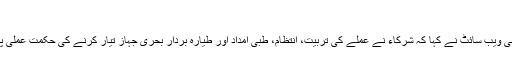
‘‘
چین کی ایک فوجی ویب سائٹ نے کہا کہ شرکاء نے عملے کی تربیت، انتظام، طبی امداد اور طیارہ بردار بحری جہاز تیار کرنے کی حکمت عملی پر تبادلہ خیال کیا۔